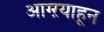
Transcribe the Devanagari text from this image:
आग्ऱयाहून